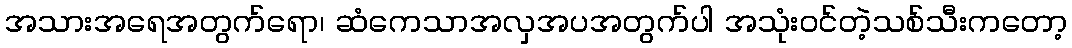
အသားအရေအတွက်ရော၊ ဆံကေသာအလှအပအတွက်ပါ အသုံးဝင်တဲ့သစ်သီးကတော့